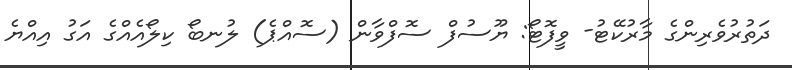
ދަތުރުވެރިންގެ މާރުކޭޓު- ވީފޮޓޯ: ޔޫސުފް ސޮފްވާން (ސޮއްޕެ) ލުނބޯ ކިލޯއެއްގެ އަގު އިއްޔެ